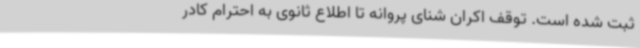
ثبت شده است. توقف اکران شنای پروانه تا اطلاع ثانوی به احترام کادر